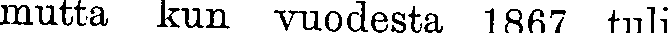
mutta kun vuodesta 1867 tuli